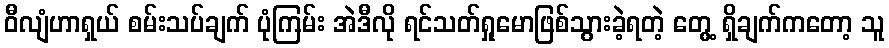
ဝီလျံဟာရှယ် စမ်းသပ်ချက် ပုံကြမ်း အဲဒီလို ရင်သတ်ရှုမောဖြစ်သွားခဲ့ရတဲ့ တွေ့ ရှိချက်ကတော့ သူ